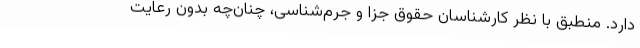
دارد. منطبق با نظر کارشناسان حقوق جزا و جرم‌شناسی، چنان‌چه بدون رعایت